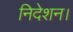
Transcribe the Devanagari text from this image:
निदेशन।